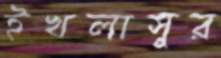
ইখলাসুর